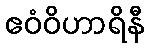
ဧဝံဝိဟာရိနီ